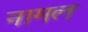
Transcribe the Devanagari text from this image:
नामल